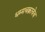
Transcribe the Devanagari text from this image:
धम्मचक्राचेच